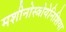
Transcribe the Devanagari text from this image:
मशीनोस्त्रोयेनिशिया